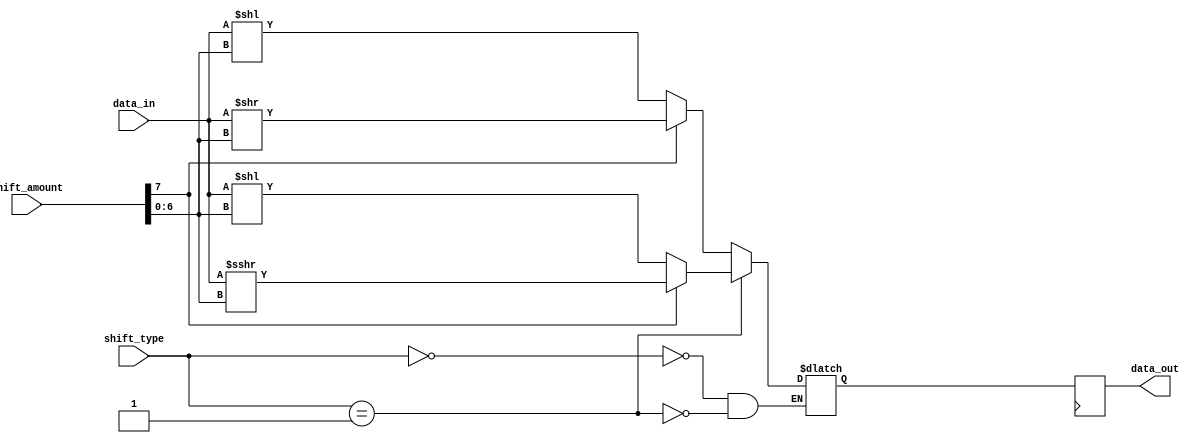
module barrel_shifter (
  input [7:0] data_in,
  input [7:0] shift_amount,
  input [1:0] shift_type, // 0 = logical, 1 = arithmetic
  output reg [7:0] data_out
);

  reg [7:0] shifted_data;

  always @(*) begin
    case(shift_type)
      2'b00: // Logical shifting
        begin
          if(shift_amount[7] == 1) // Right logical shift
            shifted_data = data_in >> shift_amount[6:0];
          else // Left logical shift
            shifted_data = data_in << shift_amount[6:0];
        end
      2'b01: // Arithmetic shifting
        begin
          if(shift_amount[7] == 1) // Right arithmetic shift
            shifted_data = $signed(data_in) >>> shift_amount[6:0];
          else // Left arithmetic shift
            shifted_data = $signed(data_in) << shift_amount[6:0];
        end
    endcase
  end

  always @(posedge clk) begin
    data_out <= shifted_data;
  end

endmodule